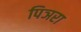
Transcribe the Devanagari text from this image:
पिञरा